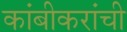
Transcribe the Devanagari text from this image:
कांबीकरांची